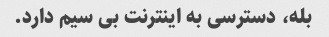
بله، دسترسی به اینترنت بی سیم دارد.